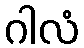
ဂါလံ